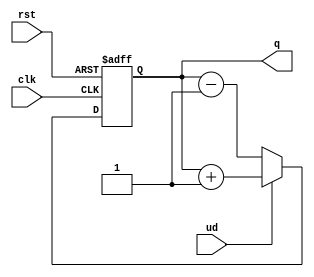
module UpDownCounter (
    input wire clk,       // Clock signal
    input wire rst,       // Asynchronous reset
    input wire ud,        // Up/Down control signal (1 for up, 0 for down)
    output reg [7:0] q    // 8-bit counter output
);

    // Asynchronous reset and counting logic
    always @(posedge clk or posedge rst) begin
        if (rst) begin
            q <= 8'b0; // Reset counter to 0
        end else begin
            if (ud) begin
                q <= q + 1; // Count up
            end else begin
                q <= q - 1; // Count down
            end
        end
    end

endmodule